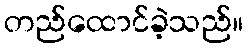
တည်ထောင်ခဲ့သည်။